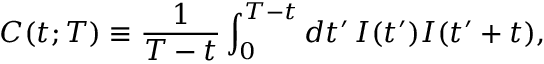
C ( t ; T ) \equiv \frac { 1 } { T - t } \int _ { 0 } ^ { T - t } d t ^ { \prime } \, I ( t ^ { \prime } ) I ( t ^ { \prime } + t ) ,